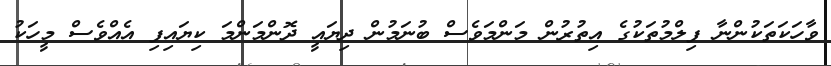
ވާހަކަތަކުންނާ ފިލްމުތަކުގެ އިތުރުން މަންމަވެސް ބުނަމުން ދިޔައީ ދޮންމަންމަ ކިޔައިފި އެއްވެސް މީހަކު